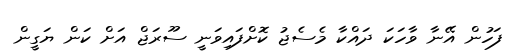
ފަހުން އޭނާ ވާހަކަ ދައްކާ މެސެޖު ކޮށްފައިވަނީ ސޫރަޖް އަށް ކަން ޔަގީން